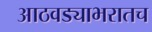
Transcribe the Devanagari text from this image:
आठवड्याभरातच